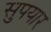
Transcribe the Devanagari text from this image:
सुपयार